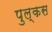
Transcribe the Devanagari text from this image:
पुल्कस